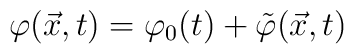
\varphi ({\vec x}, t) = \varphi _0(t) + {\tilde \varphi}(\vec x, t)